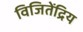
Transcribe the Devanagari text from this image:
विजितेंद्रिय